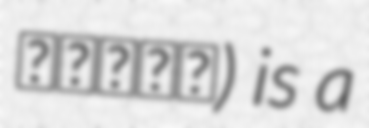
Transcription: نمازی) is a